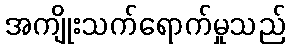
အကျိုးသက်ရောက်မှုသည်